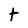
Character: t